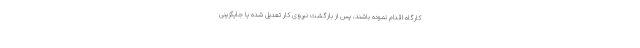
کارگاه اقدام نموده باشند، پس از بازگشت نیروی کار تعدیل شده یا جایگزینی